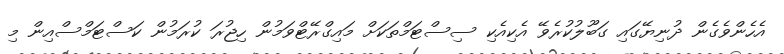
އެހެންވެގެން ދުނިޔޭގައި ގަބޫލުކުރެވޭ އެކިއެކި ސިސްޓަމްތަކަށް މައިގްރޭޓްވަމުން ހިޖުރަ ކުރަމުން ކަސްޓަމްސްއިން މި